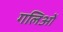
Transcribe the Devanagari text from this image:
गलिओं